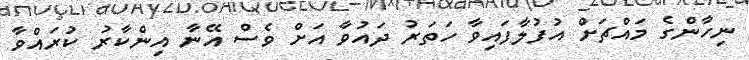
ނިހާންގެ މައްޗަށް އުފުލާފައިވާ ހަތަރު ދައުވާ އަށް ވެސް އޭނާ އިންކާރު ކުރައްވާ